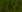
Text: 2k2